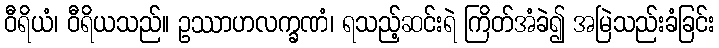
ဝီရိယံ၊ ဝီရိယသည်။ ဥဿာဟလက္ခဏံ၊ ရသည့်ဆင်းရဲ ကြိတ်အံခဲ၍ အမြဲသည်းခံခြင်း